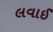
લવાઈ